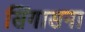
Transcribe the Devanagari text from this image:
सिंगासना